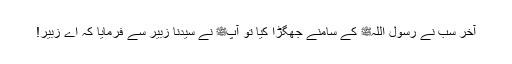
آخر سب نے رسول اللہﷺ کے سامنے جھگڑا کیا تو آپﷺ نے سیدنا زبیر سے فرمایا کہ اے زبیر!